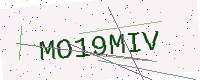
Text: MO19MIV